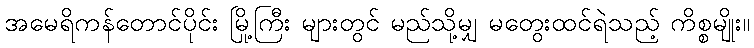
အမေရိကန်တောင်ပိုင်း မြို့ကြီး များတွင် မည်သို့မျှ မတွေးထင်ရဲသည့် ကိစ္စမျိုး။